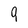
Character: 9